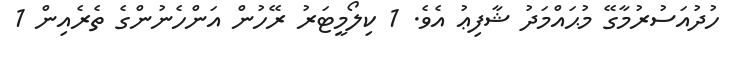
ހުދުއަސުރުމާގޭ މުޙައްމަދު ޝާފިޢު އެވެ. 1 ކިލޯމީޓަރު ރޭހުން އަންހެނުންގެ ތެރެއިން 1